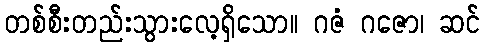
တစ်စီးတည်းသွားလေ့ရှိသော။ ဂဇံ ဂဇော၊ ဆင်